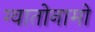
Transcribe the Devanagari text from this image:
ग्वातोनामो